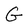
Character: G